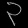
Digit: ၃